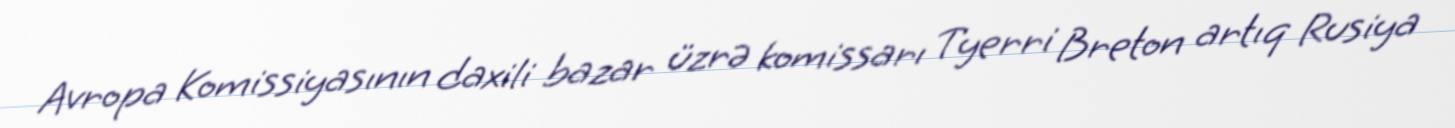
Avropa Komissiyasının daxili bazar üzrə komissarı Tyerri Breton artıq Rusiya